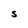
Character: S